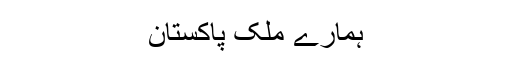
ہمارے ملک پاکستان